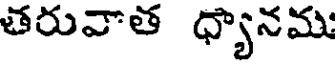
తరువాత ధ్యానము